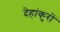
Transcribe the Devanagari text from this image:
देहांकुरों